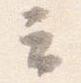
云